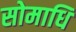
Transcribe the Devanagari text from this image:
सोमाधि